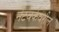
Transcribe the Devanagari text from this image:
नेटवर्कवरील